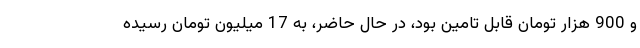
و 900 هزار تومان قابل تامین بود، در حال حاضر، به 17 میلیون تومان رسیده